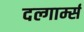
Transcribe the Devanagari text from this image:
दल्गार्म्स